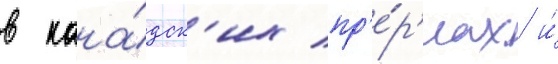
в кана́дск'их пр'е́р'иах и́